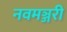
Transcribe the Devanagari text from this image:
नवमञ्जरी